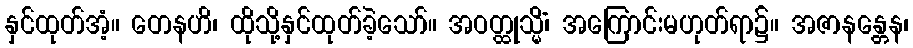
နှင်ထုတ်အံ့။ တေနဟိ၊ ထိုသို့နှင်ထုတ်ခဲ့သော်။ အဝတ္ထုသ္မိံ၊ အကြောင်းမဟုတ်ရာ၌။ အဇာနန္တေန၊